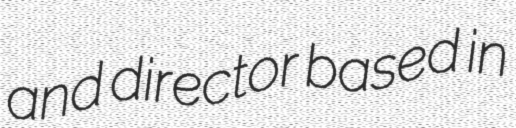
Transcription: and director based in